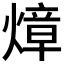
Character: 𤍤